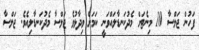
ފަހުން ޖަލްސާ 10 މިނެޓަށް މެދުކަނޑާލައްވަނީ ކަމަށް ވިދާޅުވެ ޖަލްސާ މެދުކަނޑާލިއެވެ. ޖަލްސާ